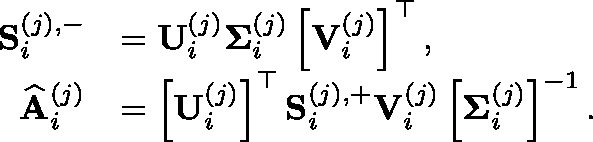
\begin{array} { r l } { \mathbf { S } _ { i } ^ { ( j ) , - } } & { = \mathbf { U } _ { i } ^ { ( j ) } \mathbf { \Sigma } _ { i } ^ { ( j ) } \left[ \mathbf { V } _ { i } ^ { ( j ) } \right] ^ { \top } , } \\ { \widehat { \mathbf { A } } _ { i } ^ { ( j ) } } & { = \left[ \mathbf { U } _ { i } ^ { ( j ) } \right] ^ { \top } \mathbf { S } _ { i } ^ { ( j ) , + } \mathbf { V } _ { i } ^ { ( j ) } \left[ \mathbf { \Sigma } _ { i } ^ { ( j ) } \right] ^ { - 1 } . } \end{array}